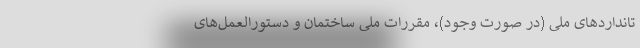
تانداردهای ملی (در صورت وجود)، مقررات ملی ساختمان و دستورالعمل‌های